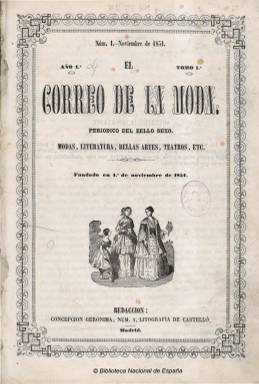
Título: El Correo de la moda (1851)
Colección: Revistas femeninas || Moda
Ámbito geográfico: Madrid
Lugar de publicación: Madrid
Fechas: 01/11/1851-31/12/1852

Con el subtítulo “periódico del bello sexo : modas, literatura, bellas artes, teatros, etc.”, corresponde a la primera época de una revista que se convertirá en una de las más representativas y longevas de la prensa española dedicada a la moda al tiempo que a la literatura o al teatro y asimismo a promover la emancipación de la mujer a través, especialmente, de la educación, y en la que se dará cita un dilatado y destacado número de escritores y, principalmente, de escritoras españolas que inician sus carreras literarias e intelectuales en esta época isabelina. Fundada el uno de noviembre de 1851, se publicará dos veces al mes, hasta alcanzar la entrega 28, el 26 de diciembre de 1852, con foliación continuada y formando un primer tomo de 447 páginas, hasta que, a partir del ocho de enero de 1853, se refunda con la revista Álbum de señoritas, uniendo sus cabeceras para formar un nuevo título, que también forma parte de la colección de la Hemeroteca Digital de la Biblioteca Nacional de España.

Formalmente, es una publicación de dieciocho páginas (algunas veces de 16), en formato 4º prolongado, con cubierta, que sale de la madrileña Imprenta de Andrés Peña (después tendrá una propia, a cargo de Agustín P. Vega), en papel satinado, compuesta a dos columnas y esmerada estampación, y con preciosos grabados entre sus textos. El primer número de cada mes (entre los días 12 y 15) lleva un precioso figurín dibujado por Julio David, grabado e iluminado en París, y dos pliegos de dibujos o uno doble para “toda especie de bordados”, y en el segundo (entre los días 25 y 30), una pieza de música nueva para piano, así como otra clase de dibujos o modelos “de papalinas, enaguas, chambras y demás ropas de lencería”, y al principio de cada estación “patrones del tamaño natural de los trajes más elegantes, tanto para calle como para casa y tertulia”, tal como se anunciaba en el diario La Época, a finales de abril de 1852. Con una intención de imitar a las revistas francesas de moda de la época, sus láminas iluminadas procederán del prestigioso Le Moniteur de la Mode (París: 1843-1913).

También en la reseña del citado diario, la revista señalaba que las materias de sus contenidos comprendían modas, revistas de teatros, cuadros de costumbres, novelas, anécdotas, poesías, biografías de mujeres célebres, artículos de religión, moral, historia, viajes, higiene y “cuantos conocimientos puedan ser útiles a la mujer, tanto en las ciencias y artes, como en el manejo interior de su casa”. Su primer artículo aparece bajo el epígrafe La moda, firmado por Almerinda T. Chicón (que quizá tuviera alguna responsabilidad en la redacción de este primer tomo de la publicación), y sus principales secciones serán Revista de modas (sobre trajes, colores, telas, temporadas, sombreros, dijes o moda infantil), y las dedicadas a explicar los figurines, los patrones o las láminas. Otras secciones son Revista de teatros, o las dedicadas a tocador, economía doméstica, estudios geográficos o la de dibujos de jeroglíficos. En sus páginas aparecen artículos sobre historia natural, salud, aritmética recreativa, estudios científicos o biográficos (sobre Juana de Arco, María Stuart o la de Maintenon, algunos bajo las firmas de Elisa Acloque o Alfonso Kair), un extracto sobre la educación física de las mujeres o sobre el origen del arte de escribir. Así como textos literarios, como los titulados Dios protege a las madres, Una joven caprichosa (firmado por La C. de B.), Una amiga peligrosa, Las dos amigas, Carta a Leonor o Condesa y labradora; y composiciones poéticas, como las que aparecen bajo las firmas de Pedro Mata, Luis Gómez Noriega, Juan A. Biedma o R. de Medina. Asimismo llega a ofrecer alguna información de actualidad, como la contenida en Revista de Madrid, sobre el atentado contra Isabel II (número 7) o la visita de la reina con su hija al templo de Atocha (número 8). Otras firmas son las de Melania Dumont y Ricardo Saunders.

Jiménez Morell (1992) atribuye la dirección de esta primera época de El Correo de la moda al litógrafo, y propietario de un almacén de papel, Francisco Castelló, en cuyo establecimiento, en la calle Concepción Gerónima, estaba establecida la redacción. Se trata de una revista con contenidos dirigidos a la mujer, en la que no aparecen expresados los precios de suscripción o venta, pero por el citado diario La Época se sabe que era de seis reales mensuales y, siete, en provincias. Sus suscriptoras debían proceder de la aristocracia y la alta burguesía, entre las que se encontraron la propia reina Isabel II y las infantas. En tal sentido, entre algunas notas que publica en el verso de la cubierta, aparece una para pedir donativos de la denominada Junta de Damas de Honor y Mérito, que tenía a su cuidado la Casa Inclusa y el Colegio de Niñas de la Paz de esta corte, de la que formaban parte, entre otras, la duquesa de Berwick y Alba, las condesas de Toreno y Montijo o las marquesas de Campoverde y Valgornera.

Al final del último número, inserta un índice de las materias contenidas en este tomo. Este título tiene continuación en: Álbum de señoritas y Correo de la moda, que comienza a publicarse el ocho de enero de 1853, y también forma parte de esta Hemeroteca Digital. Álbum de señoritas, con el subtítulo “periódico de literatura, educación, música, teatros y modas”, había sido un periódico de parecidas características, “dedicado a las madres de familia”, repartiendo alternativamente en sus cuatro números mensuales, láminas de figurines, grabados de labores o una pieza de música. Había empezado a publicarse, en entregas de ocho páginas, compuestas a una columna, el 30 de enero de 1852, dirigido por Pedro José de la Peña.